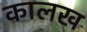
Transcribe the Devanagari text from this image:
कालख